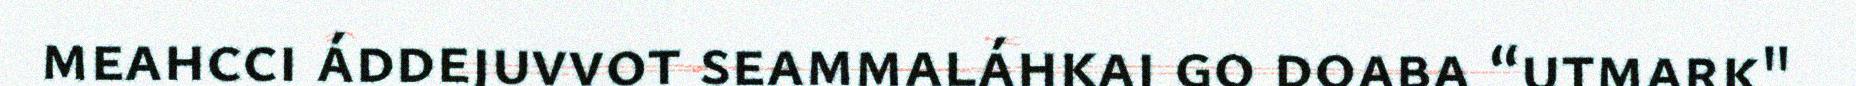
meahcci áddejuvvot seammaláhkai go doaba “utmark"